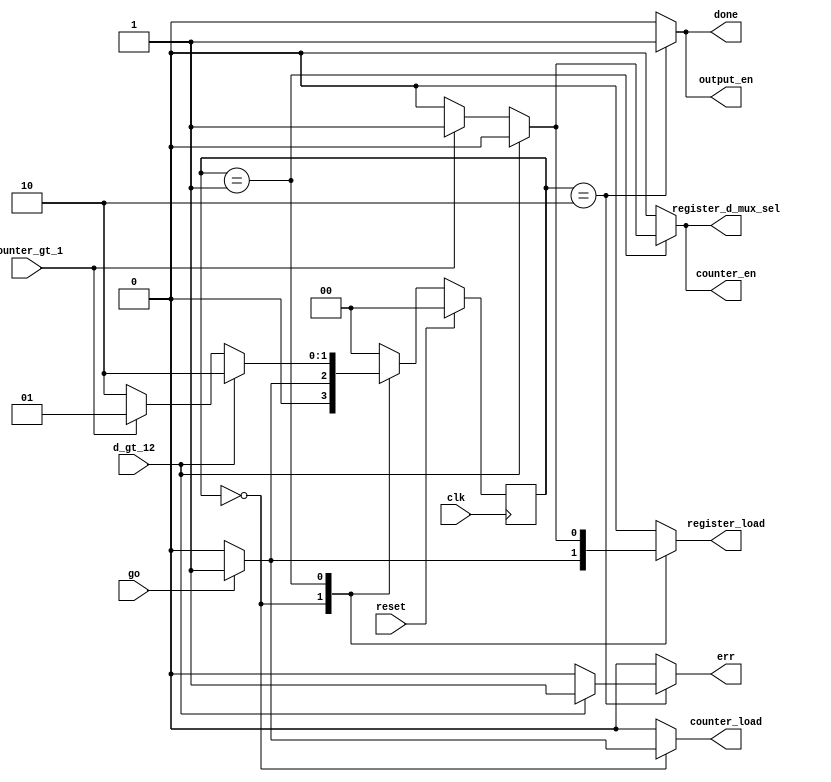
`timescale 1ns / 1ps

module factorial_cu(
    input wire clk,
    input wire reset,
    input wire go,
    input wire counter_gt_1,
    input wire d_gt_12,
    output reg counter_load,
    output reg counter_en,
    output reg register_d_mux_sel,
    output reg output_en,
    output reg register_load,
    output reg done,
    output reg err
);
    parameter
        S_IDLE = 2'h0,
        S_LOOP = 2'h1,
        S_DONE = 2'h2;
    
    reg [1:0] cs, ns;
    
    always@(posedge clk)
    begin
        if(reset) cs <= S_IDLE;
        else cs <= ns;
    end
    
    always@(*)
    begin
        counter_load = 1'b0;
        counter_en = 1'b0;
        register_d_mux_sel = 1'b0;
        output_en = 1'b0;
        register_load = 1'b0;
        done = 1'b0;
        err = 1'b0;
        
        case(cs)
        S_IDLE:
        begin
            if(go)
            begin
                counter_load = 1'b1;
                register_load = 1'b1;
                
                ns = S_LOOP;
            end
            
            else
            begin
                ns = S_IDLE;
            end
        end
        
        S_LOOP:
        begin
            if(d_gt_12)
            begin
                ns = S_DONE;
            end
            
            else
            begin
                if(counter_gt_1)
                begin
                    counter_en = 1'b1;
                    register_d_mux_sel = 1'b1;
                    register_load = 1'b1;

                    ns = S_LOOP;
                end
                        
                else
                begin
                    ns = S_DONE;
                end
            end
        end
        
        S_DONE:
        begin
            output_en = 1'b1;
            done = 1'b1;
            
            if(d_gt_12)
            begin
                err = 1'b1;
            end
            
            ns = S_IDLE;
        end
        
        default:
        begin
            ns = S_IDLE;
        end
        endcase
    end
endmodule